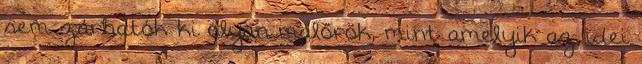
sem zárhatók ki olyan malőrök, mint amelyik az idei